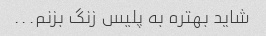
شاید بهتره به پلیس زنگ بزنم...